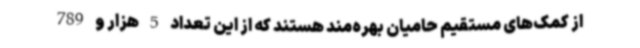
از کمک‌های مستقیم حامیان بهره‌مند هستند که از این تعداد 5 هزار و 789